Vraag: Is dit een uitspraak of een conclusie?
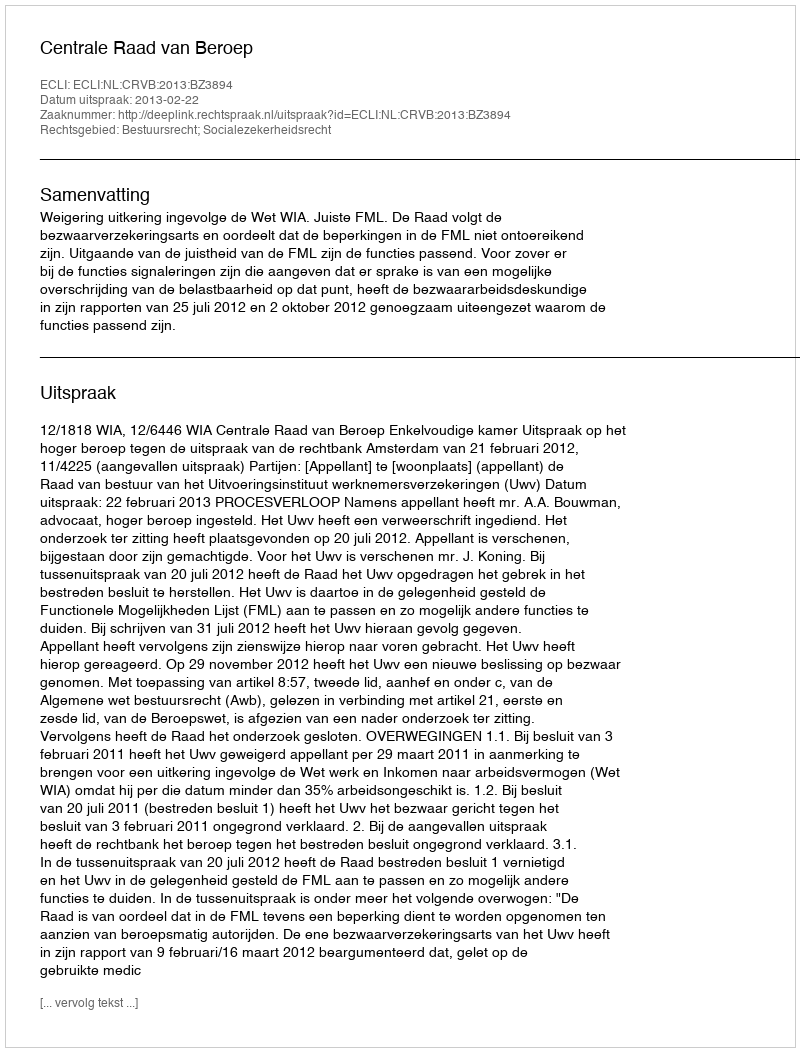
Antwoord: Uitspraak